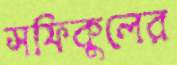
সফিকুলের